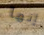
إنها